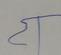
Signature authenticity: forged